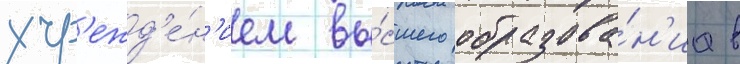
учр'ежд'е́н'ием вы́сшего образова́н'иа в